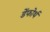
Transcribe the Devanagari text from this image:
डेंफोर्थ